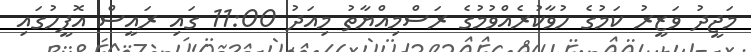
މަޖީދު ވަޒީރު ކަމުގެ ހުވާކުރެއްވުމުގެ ރަސްމިއްޔާތު މިއަދު 11:00 ގައި ރައީސް އޮފީހުގައި